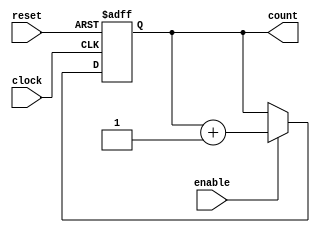
// Generated by MyHDL 0.11


`timescale 1ns/10ps

module inc (
    count,
    enable,
    clock,
    reset
);
// Incrementer with enable.
// 
// count -- output
// enable -- control input, increment when 1
// clock -- clock input
// reset -- asynchronous reset input

output [7:0] count;
reg [7:0] count;
input enable;
input clock;
input reset;




always @(posedge clock, negedge reset) begin: INC_SEQ
    if (reset == 0) begin
        count <= 0;
    end
    else begin
        if (enable) begin
            count <= (count + 1);
        end
    end
end

endmodule